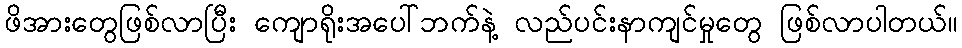
ဖိအားတွေဖြစ်လာပြီး ကျောရိုးအပေါ်ဘက်နဲ့ လည်ပင်းနာကျင်မှုတွေ ဖြစ်လာပါတယ်။